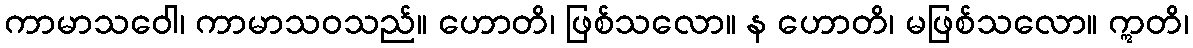
ကာမာသဝေါ၊ ကာမာသဝသည်။ ဟောတိ၊ ဖြစ်သလော။ န ဟောတိ၊ မဖြစ်သလော။ ဣတိ၊